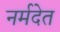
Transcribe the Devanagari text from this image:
नर्मदेत